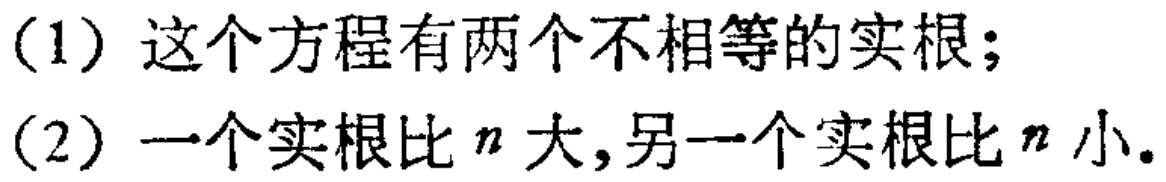
（1）这个方程有两个不相等的实根；
（2）一个实根比\(n\)大,另一个实根比\(n\)小。